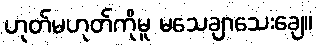
ဟုတ်မဟုတ်ကိုမူ မသေချာသေးချေ။